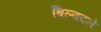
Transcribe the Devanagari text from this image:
बिल्वदले